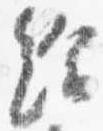
給